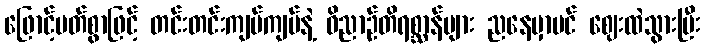
ဖြောင့်မတ်စွာဖြင့် တင်းတင်းကျပ်ကျပ်နဲ့ ဝိညာဉ်တိရစ္ဆာန်များ ညနေမှာပင် ဈေးထဲသွားပြီး